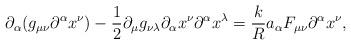
LaTeX: \begin{align*}\partial_\alpha(g_{\mu \nu} \partial^\alpha x^\nu) - \frac{1}{2} \partial_\mu g_{\nu \lambda} \partial_\alpha x^\nu \partial^\alpha x^\lambda = \frac{k}{R}{a_\alpha} F_{\mu \nu} \partial^\alpha x^\nu ,\end{align*}